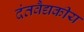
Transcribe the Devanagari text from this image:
दंतवैद्यकीय